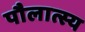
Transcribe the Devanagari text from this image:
पौलात्स्य